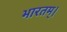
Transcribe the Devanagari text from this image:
भारतम्।